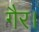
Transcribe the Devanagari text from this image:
गैर।